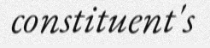
constituent's